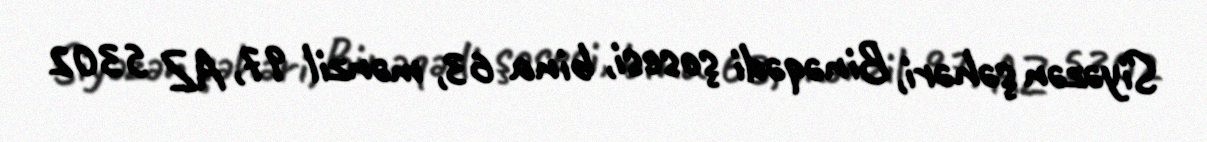
Siyəzən şəhəri, Binəqədi şosesi, bina 63, mənzil 97, AZ 5302